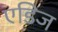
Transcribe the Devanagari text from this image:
एडिज